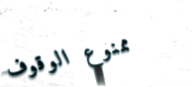
ممنوع الوقوف